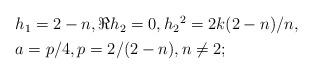
LaTeX: \begin{align*}\begin{aligned}&h_1=2-n,\Re h_2=0,h_2{}^2=2k(2-n)/n,\\&a=p/4,p=2/(2-n),n\neq 2 ;\end{aligned}\end{align*}